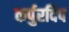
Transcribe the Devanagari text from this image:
कर्पुरदिप